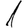
Digit: 1